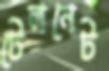
টেলনেট